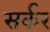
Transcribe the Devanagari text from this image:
सर्कर